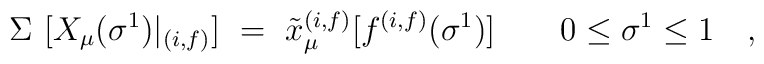
\Sigma ~[X_{\mu}(\sigma^1) |_{(i,f)} ] ~=~   {\tilde x}^{(i,f)}_{\mu}[f^{(i,f)}(\sigma^1)]\quad\quad 0 \le \sigma^1 \le 1  \quad ,